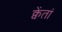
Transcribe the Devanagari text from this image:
क्वेंतां